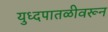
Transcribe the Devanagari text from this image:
युध्दपातळीवरून